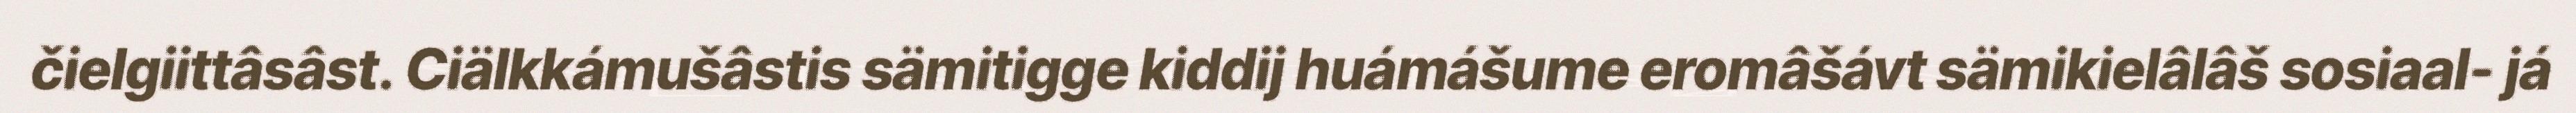
čielgiittâsâst. Ciälkkámušâstis sämitigge kiddij huámášume eromâšávt sämikielâlâš sosiaal- já